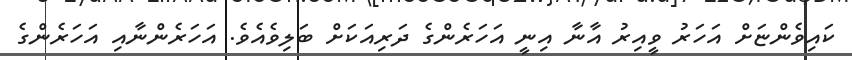
ކައިވެންޏަށް އަހަރު ވީއިރު އާނާ އިނީ އަހަރެންގެ ދަރިއަކަށް ބަލިވެއެވެ. އަހަރެންނާއި އަހަރެންގެ